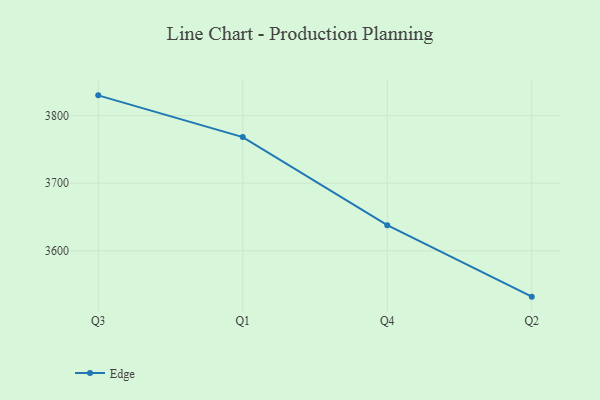
{"axis": {"x": "Quarter", "y": "Production Output"}, "legend": ["Edge"], "data": [{"x": "Q3", "y": 3830.0, "type": "Edge"}, {"x": "Q1", "y": 3768.2, "type": "Edge"}, {"x": "Q4", "y": 3637.9, "type": "Edge"}, {"x": "Q2", "y": 3532.1, "type": "Edge"}]}